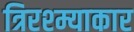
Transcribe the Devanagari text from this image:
त्रिरश्म्याकार